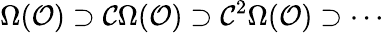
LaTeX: \Omega({\mathcal{O}})\supset{\mathcal{C}}\Omega({\mathcal{O}})\supset{\mathcal{C}}^{2}\Omega({\mathcal{O}})\supset\cdots